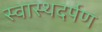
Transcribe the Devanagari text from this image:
स्वास्थदर्पण